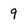
Character: 9